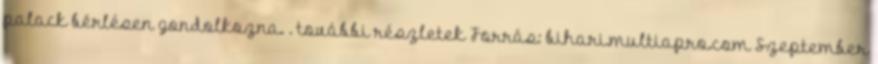
palack bérlésen gondolkozna. . további részletek Forrás: bihari.multiapro.com Szeptember